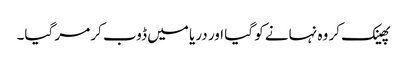
پھینک کر وہ نہانے کو گیا اور دریا میں ڈوب کر مر گیا۔